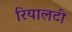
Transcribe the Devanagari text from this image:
रियालटी